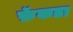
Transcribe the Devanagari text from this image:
फ़ॅकडा